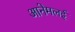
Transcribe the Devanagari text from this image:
आनेमलई